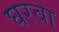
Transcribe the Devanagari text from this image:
घरवा